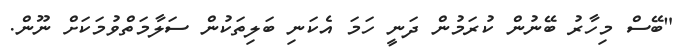
"ބޭސް މިހާރު ބޭނުން ކުރަމުން ދަނީ ހަމަ އެކަނި ބަލިތަކުން ސަލާމަތްވުމަކަށް ނޫން.